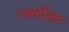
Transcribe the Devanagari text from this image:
एब्सट्रैक्ट